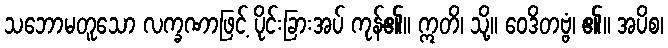
သဘောမတူသော လက္ခဏာဖြင့် ပိုင်းခြားအပ် ကုန်၏။ ဣတိ၊ သို့။ ဝေဒိတဗ္ဗံ၊ ၏။ အပိစ၊